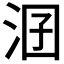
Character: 𣳲